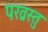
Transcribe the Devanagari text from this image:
परव्रस्तु